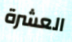
العشرة